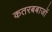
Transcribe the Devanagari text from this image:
कतरबबाजों